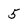
Character: 5